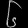
Digit: ၆